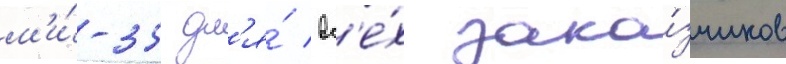
м'и́-35 дл'я́ вс'е́х зака́зчиков